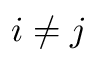
i \neq j